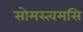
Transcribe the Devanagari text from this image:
सोमस्त्वमसि